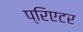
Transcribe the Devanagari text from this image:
प्रिएटर